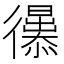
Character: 𢖚